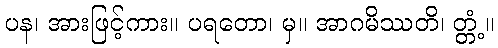
ပန၊ အားဖြင့်ကား။ ပရတော၊ မှ။ အာဂမိဿတိ၊ တ္တံ့။